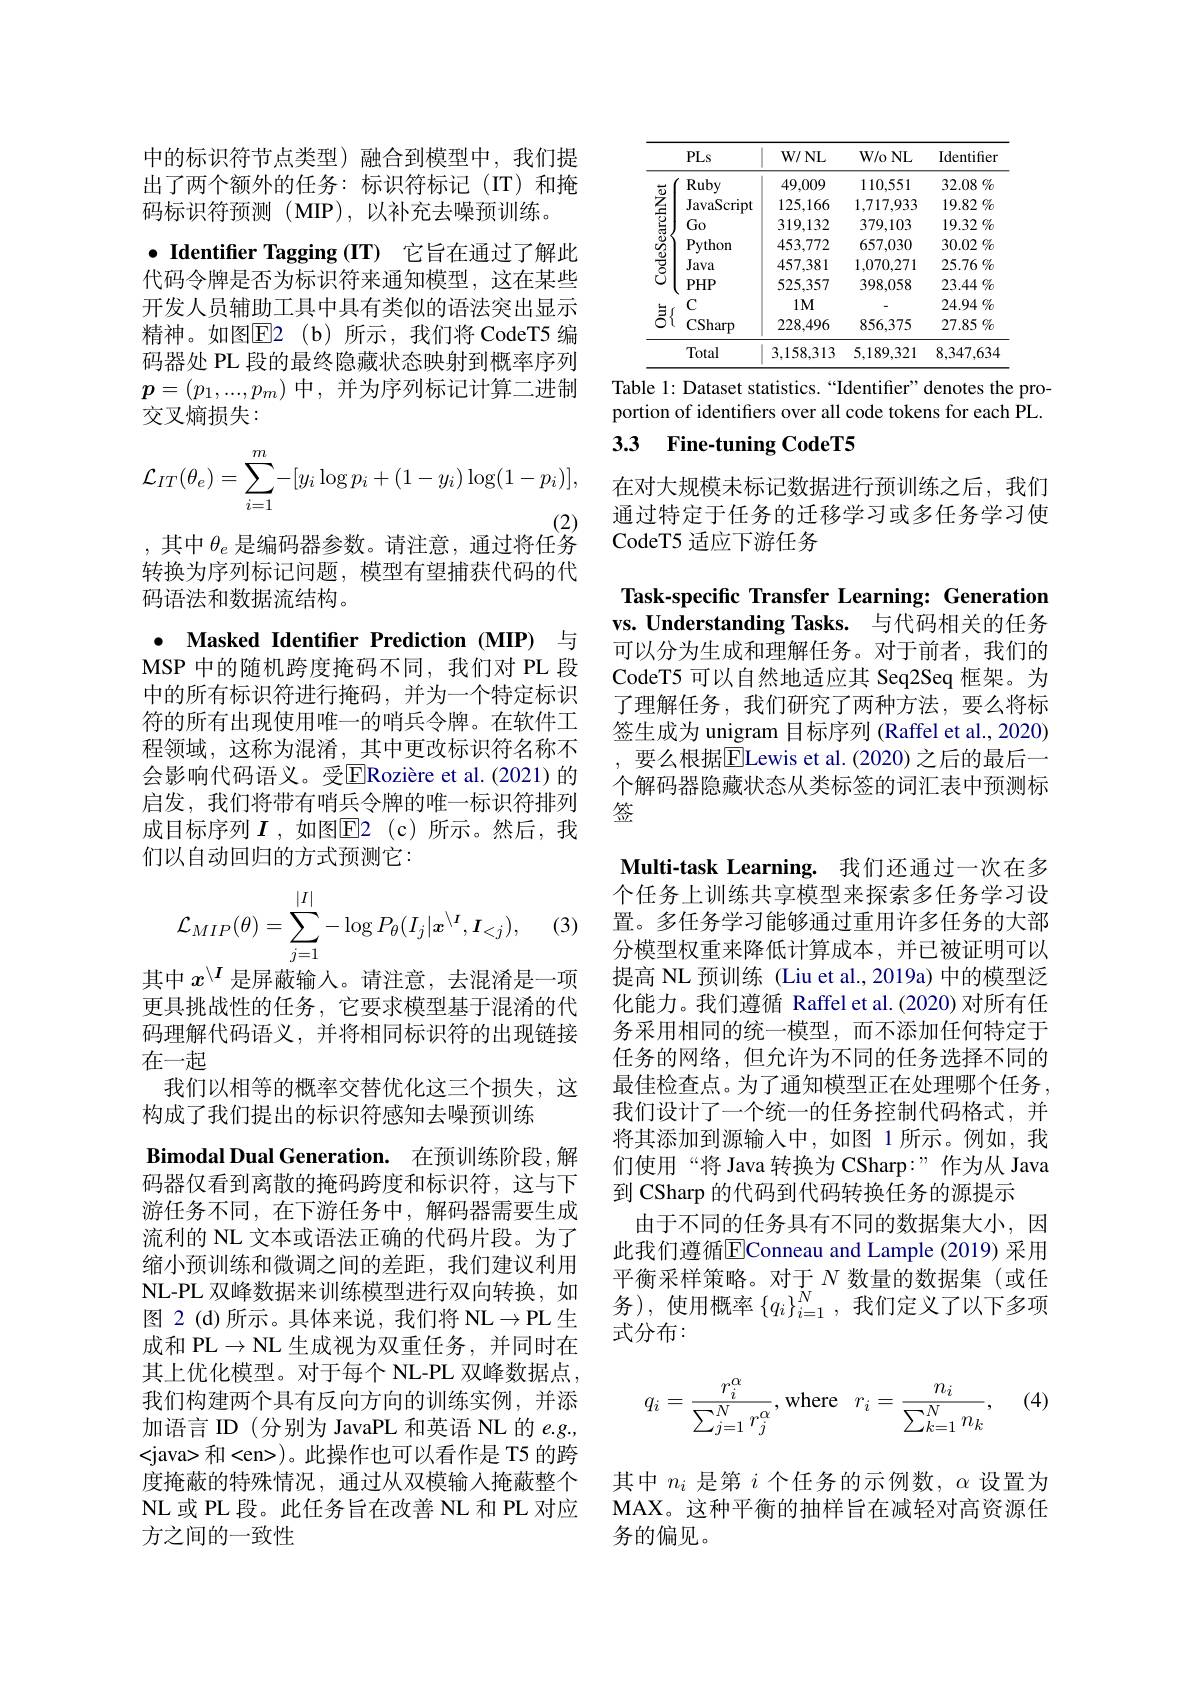
中的标识符节点类型)融合到模型中，我们提出了两个额外的任务：标识符标记(IT)和掩码标识符预测(MIP),以补充去噪预训练。
$\bullet$ Identifier Tagging (IT) 它旨在通过了解此代码令牌是否为标识符来通知模型，这在某些开发人员辅助工具中具有类似的语法突出显示精神。如图$\overline{\mathrm{E}}$2(b)所示，我们将 CodeT5 编码器处 PL 段的最终隐藏状态映射到概率序列$\boldsymbol{p}=(p_1,...,p_m)$ 中，并为序列标记计算二进制交叉熵损失：
$$\mathcal{L}_{IT}(\theta_e)=\sum_{i=1}^m-[y_i\log p_i+(1-y_i)\log(1-p_i)],$$
,其中$\theta_e$是编码器参数。请注意，通过将任务转换为序列标记问题，模型有望捕获代码的代码语法和数据流结构。
$\bullet$ Masked Identifer Prediction (MIP) 与MSP 中的随机跨度掩码不同，我们对 PL 段中的所有标识符进行掩码，并为一个特定标识符的所有出现使用唯一的哨兵令牌。在软件工程领域，这称为混淆，其中更改标识符名称不会影响代码语义。受E$| \text{Rozi\` {e}reetal. ( 2021) 的 }$ 启发，我们将带有哨兵令牌的唯一标识符排列成目标序列 $I$ ,如图$\overline{\mathbb{E}}$2(c)所示。然后，我们以自动回归的方式预测它：
$$\mathcal{L}_{MIP}(\theta)=\sum_{j=1}^{|I|}-\log P_{\theta}(I_{j}|\boldsymbol{x}^{\setminus I},\boldsymbol{I}_{<j}),$$
其中$x^{\backslash I}$是屏蔽输入。请注意，去混淆是一项

(3)

Bimodal Dual Generation. 在预训练阶段，解

更具挑战性的任务，它要求模型基于混淆的代码理解代码语义，并将相同标识符的出现链接在一起
我们以相等的概率交替优化这三个损失，这
构成了我们提出的标识符感知去噪预训练
码器仅看到离散的掩码跨度和标识符，这与下游任务不同，在下游任务中，解码器需要生成流利的 NL 文本或语法正确的代码片段。为了缩小预训练和微调之间的差距，我们建议利用NL-PL 双峰数据来训练模型进行双向转换，如图 2 (d)所示。具体来说，我们将 NL$\to$PL 生成和$\mathsf{PL}\to\mathsf{NL}$生成视为双重任务，并同时在其上优化模型。对于每个 NL-PL 双峰数据点， 我们构建两个具有反向方向的训练实例，并添加语言 ID (分别为 JavaPL 和英语 NL 的 e.g., <java> 和<en>)。此操作也可以看作是 T5 的跨度掩蔽的特殊情况，通过从双模输入掩蔽整个NL 或 PL 段。此任务旨在改善 NL 和 PL 对应方之间的一致性

<table>
	<tbody>
		<tr>
			<th>PI</th>
			<th>PLs</th>
			<th>$W/NL$</th>
			<th>$W/0NL$</th>
			<th>Identifier</th>
		</tr>
		<tr>
			<td>$Ru$</td>
			<td>Ruby</td>
			<td>49,009</td>
			<td>110,551</td>
			<td>$32.08\%$</td>
		</tr>
		<tr>
			<td>Ja</td>
			<td>JavaScript</td>
			<td>125,166</td>
			<td>1,717,933</td>
			<td>$19.82\%$</td>
		</tr>
		<tr>
			<td>$G$</td>
			<td>Go</td>
			<td>319,132</td>
			<td>379,103</td>
			<td>19.32 $\%$</td>
		</tr>
		<tr>
			<td>$P$</td>
			<td>Python</td>
			<td>453,772</td>
			<td>657,030</td>
			<td>30.02 $\%$</td>
		</tr>
		<tr>
			<td>Ja</td>
			<td>Java</td>
			<td>457,381</td>
			<td>1,070,271</td>
			<td>$25.76\%$</td>
		</tr>
		<tr>
			<td>$\tilde{U}$ $PF$</td>
			<td>$PHP$</td>
			<td>525,357</td>
			<td>398,058</td>
			<td>$23.44\%$</td>
		</tr>
		<tr>
			<td>C 三</td>
			<td>$C$</td>
			<td>$1M$</td>
			<td> </td>
			<td>$24.94\%$</td>
		</tr>
		<tr>
			<td>$\bar{\boldsymbol{\delta}}.$ $Cs$</td>
			<td>CSharp</td>
			<td>228,496</td>
			<td>856,375</td>
			<td>$27.85\%$</td>
		</tr>
		<tr>
			<td>$Tc$</td>
			<td>Total</td>
			<td>3,158,313</td>
			<td>5,189,321</td>
			<td>8,347,63</td>
		</tr>
	</tbody>
</table>

Table 1: Dataset statistics.“Identifier”denotes the proportion of identifers over all code tokens for each PL.

### 3.3 Fine-tuning CodeT5

在对大规模未标记数据进行预训练之后，我们通过特定于任务的迁移学习或多任务学习使CodeT5 适应下游任务

Task-specific Transfer Learning: Generation vs. Understanding Tasks. 与代码相关的任务可以分为生成和理解任务。对于前者，我们的CodeT5 可以自然地适应其 Seq2Seq 框架。为了理解任务，我们研究了两种方法，要么将标签生成为 unigram 目标序列 (Raffel et al., 2020) ,要么根据$\overline{\mathrm{E}}$Lewis et al.(2020)之后的最后一个解码器隐藏状态从类标签的词汇表中预测标签

Multi-task Learning. 我们还通过一次在多个任务上训练共享模型来探索多任务学习设置。多任务学习能够通过重用许多任务的大部分模型权重来降低计算成本，并已被证明可以提高 NL 预训练 (Liu et al.,2019a) 中的模型泛化能力。我们遵循 Raffel et al.(2020) 对所有任务采用相同的统一模型，而不添加任何特定于任务的网络，但允许为不同的任务选择不同的最佳检查点。为了通知模型正在处理哪个任务， 我们设计了一个统一的任务控制代码格式，并将其添加到源输入中，如图 1所示。例如，我们使用“将 Java 转换为 CSharp:”作为从 Java 到 CSharp 的代码到代码转换任务的源提示
由于不同的任务具有不同的数据集大小，因此我们遵循$\overline{\mathrm{E}}$Conneau and Lample (2019)采用平衡采样策略。对于$N$数量的数据集(或任务),使用概率$\left\{q_i\right\}_{i=1}^N$,我们定义了以下多项式分布：

(4)
$$q_i=\frac{r_i^\alpha}{\sum_{j=1}^Nr_j^\alpha}\text{,where}\:r_i=\frac{n_i}{\sum_{k=1}^Nn_k},$$
其中$n_i$是第$i$个任务的示例数，$\alpha$设置为MAX。这种平衡的抽样旨在减轻对高资源任务的偏见。